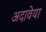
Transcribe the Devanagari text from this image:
अदावेया